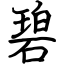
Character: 碧